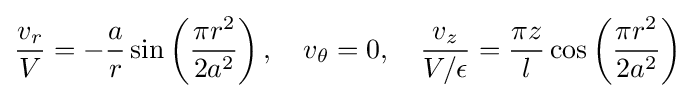
{\frac {v_{r}}{V}}=-{\frac {a}{r}}\sin \left({\frac {\pi r^{2}}{2a^{2}}}\right),\quad v_{\theta }=0,\quad {\frac {v_{z}}{V/\epsilon }}={\frac {\pi z}{l}}\cos \left({\frac {\pi r^{2}}{2a^{2}}}\right)